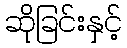
ဆိုခြင်းနှင့်